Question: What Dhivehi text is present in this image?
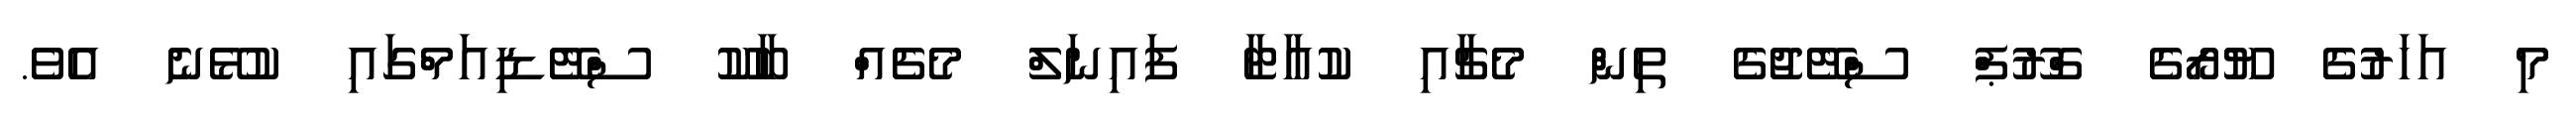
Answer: މި އަހަރުގެ ޔޫރޯގެ ގްރޫޕް ސްޓޭޖުގެ ތިން މެޗާއި ކުއާޓާ ފައިނަލް މެޗެއް ބާކޫ ސްޓޭޑިއަމްގައި ކުޅޭނެ އެވެ.